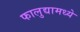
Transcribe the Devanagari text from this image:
फालुद्यामध्ये